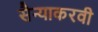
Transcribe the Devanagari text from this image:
सैन्याकरवी